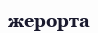
жерорта